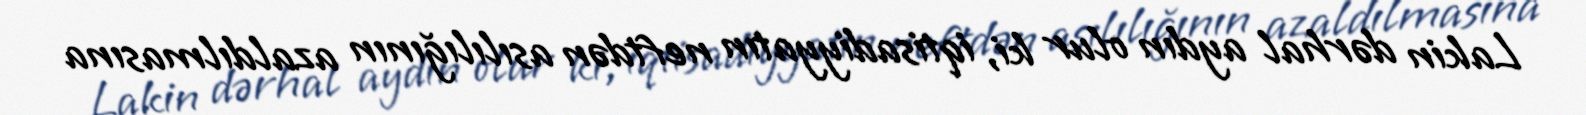
Lakin dərhal aydın olur ki, iqtisadiyyatın neftdən asılılığının azaldılmasına